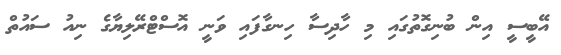
އޭބީސީ އިން ބުނިގޮތުގައި މި ހާދިސާ ހިނގާފައި ވަނީ އޮސްޓްރޭލިޔާގެ ނިއު ސައުތް